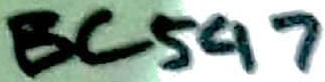
Text: BC547